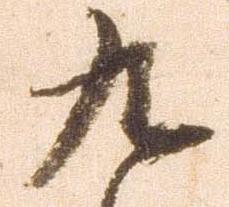
九